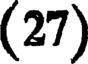
(27)